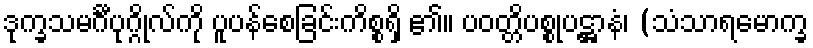
ဒုက္ခသမင်္ဂီပုဂ္ဂိုလ်ကို ပူပန်စေခြင်းကိစ္စရှိ ၏။ ပဝတ္တိပစ္စုပဋ္ဌာနံ၊ (သံသာရမောက္ခ